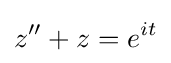
z''+z=e^{it}